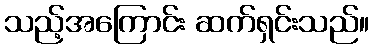
သည့်အကြောင်း ဆက်ရှင်းသည်။